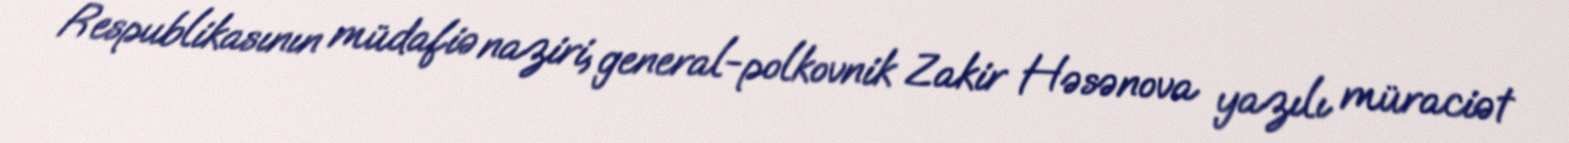
Respublikasının müdafiə naziri, general-polkovnik Zakir Həsənova yazılı müraciət